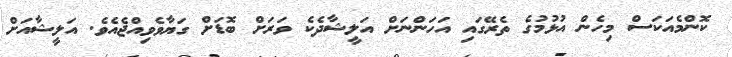
ކޮންމެއަކަސް މިހެން އުޅުމުގެ ތެރޭގައި އަހަންނަށް އަލީޝާދެކެ ވަރަށް ބޮޑަށް ގަޔާވެވިއްޖެއެވެ. އަލީޝާއަށް